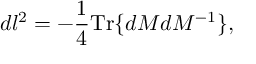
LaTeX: d l ^ { 2 } = - \frac { 1 } { 4 } \mathrm { T r } \{ d { \cal M } d { \cal M } ^ { - 1 } \} ,